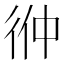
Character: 㣡